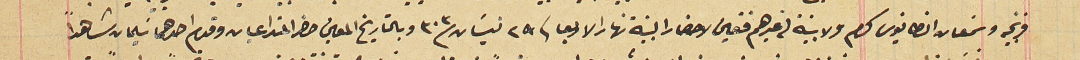
فرنجيه وسَمعان انطانيوسَ كرم ولا بينة لغيرهم فتعين لاحضار البينة نهار الارابعا فى ٢٩ نيسَان ٣٠٣ وبالتاريخ المعين حضر المتداعيان وقدم احدهما سَليمان شاهداً